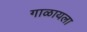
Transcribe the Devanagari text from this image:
गाळायला